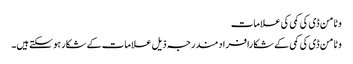
وٹامن ڈی کی کمی کی علامات
وٹامن ڈی کی کمی کے شکا رافرادمندرجہ ذیل علامات کے شکار ہو سکتے ہیں۔